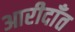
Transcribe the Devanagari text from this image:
आरीदाँत